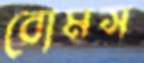
বোমস